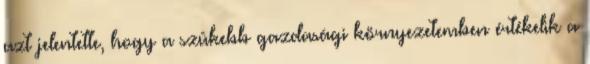
azt jelentette, hogy a szûkebb gazdasági környezetemben értékelik a